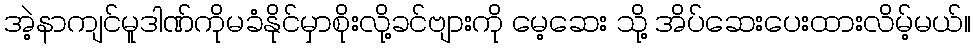
အဲ့နာကျင်မူဒါဏ်ကိုမခံနိုင်မှာစိုးလို့ခင်ဗျားကို မေ့ဆေး သို့ အိပ်ဆေးပေးထားလိမ့်မယ်။